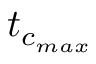
t _ { c _ { m a x } }